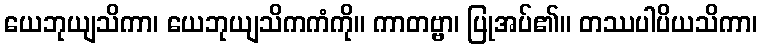
ယေဘုယျသိကာ၊ ယေဘုယျသိကကံကို။ ကာတဗ္ဗာ၊ ပြုအပ်၏။ တဿပါပိယသိကာ၊